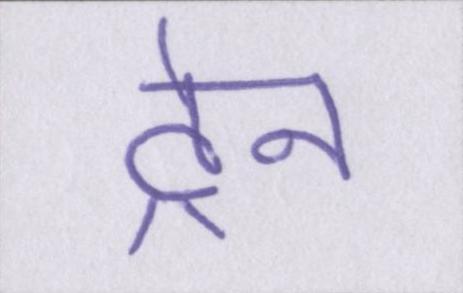
ट्रेन